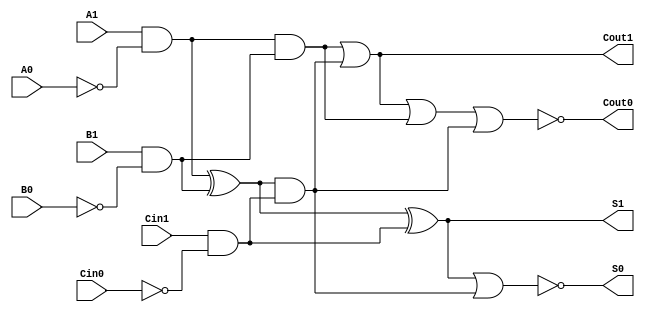
module dual_rail_full_adder (
    input wire A1, A0,   // Dual-rail representation of input A
    input wire B1, B0,   // Dual-rail representation of input B
    input wire Cin1, Cin0,// Dual-rail representation of carry-in
    output wire S1, S0,  // Dual-rail representation of sum output
    output wire Cout1, Cout0 // Dual-rail representation of carry output
);

    // Intermediate signals for the logic
    wire A = A1 & ~A0; // A is true if A1 is high and A0 is low
    wire B = B1 & ~B0; // B is true if B1 is high and B0 is low
    wire Cin = Cin1 & ~Cin0; // Cin is true if Cin1 is high and Cin0 is low

    // Sum logic
    wire sum_ab = A ^ B; // A XOR B
    assign S1 = sum_ab ^ Cin; // S1 is true if (A XOR B) XOR Cin
    assign S0 = ~(S1 | (sum_ab & Cin)); // S0 is the complement of S1

    // Carry-out logic
    assign Cout1 = (A & B) | (Cin & sum_ab); // Cout1 is true if (A AND B) OR (Cin AND (A XOR B))
    assign Cout0 = ~(Cout1 | (A & B) | (Cin & sum_ab)); // Cout0 is the complement of Cout1

endmodule